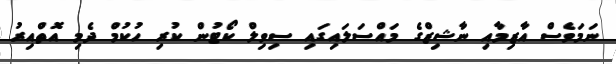
ނަމަވެސް އާޒިމާއި ނާޝިޒްގެ މައްސަލައިގައި ސިވިލް ކޯޓުން ކުރި ހުކުމް ދެމި އޮތްއިރު